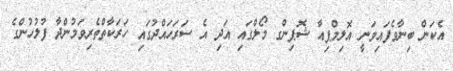
އެކަން ބިނާވެފައިވަނީ އޮލިމްޕިއާ ޝޮޕިންގ މޯލްގައި އަދި އެ ސަރަހައްދުގައި ހަރަކާތްތެރިވަމުންދާ ފުލުހުންގެ